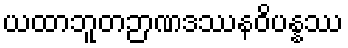
ယထာဘူတဉာဏဒဿနဝိပန္နဿ